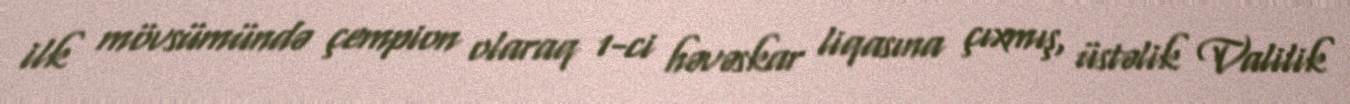
ilk mövsümündə çempion olaraq 1-ci həvəskar liqasına çıxmış, üstəlik Valilik